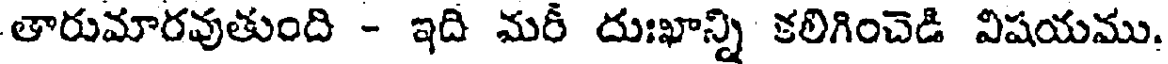
తారుమారవుతుంది - ఇది మరీ దుఃఖాన్ని కలిగించెడి విషయము.